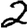
Digit: 2